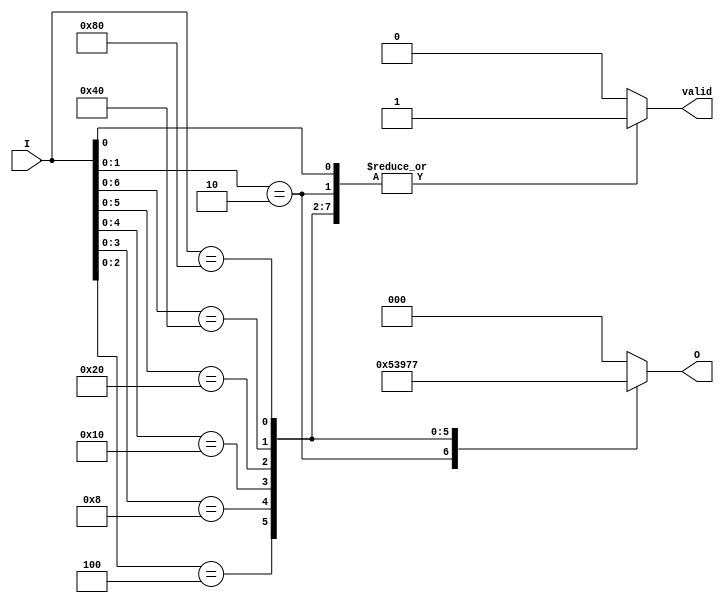
module binary_encoder (
    input [7:0] I,  // 8 input lines
    output reg [2:0] O,  // 3-bit output
    output reg valid  // Signal to indicate valid output
);

always @(*) begin
    // Default values
    O = 3'b000;
    valid = 0;

    // Priority encoding based on the highest active input
    casez (I)  // casez allows to handle don't care conditions
        8'b???????1: begin O = 3'b000; valid = 1; end // I0
        8'b??????10: begin O = 3'b001; valid = 1; end // I1
        8'b?????100: begin O = 3'b010; valid = 1; end // I2
        8'b????1000: begin O = 3'b011; valid = 1; end // I3
        8'b???10000: begin O = 3'b100; valid = 1; end // I4
        8'b??100000: begin O = 3'b101; valid = 1; end // I5
        8'b?1000000: begin O = 3'b110; valid = 1; end // I6
        8'b10000000: begin O = 3'b111; valid = 1; end // I7
        default: begin O = 3'b000; valid = 0; end // No inputs are active
    endcase
end

endmodule